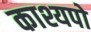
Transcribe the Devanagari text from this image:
काश्यपो